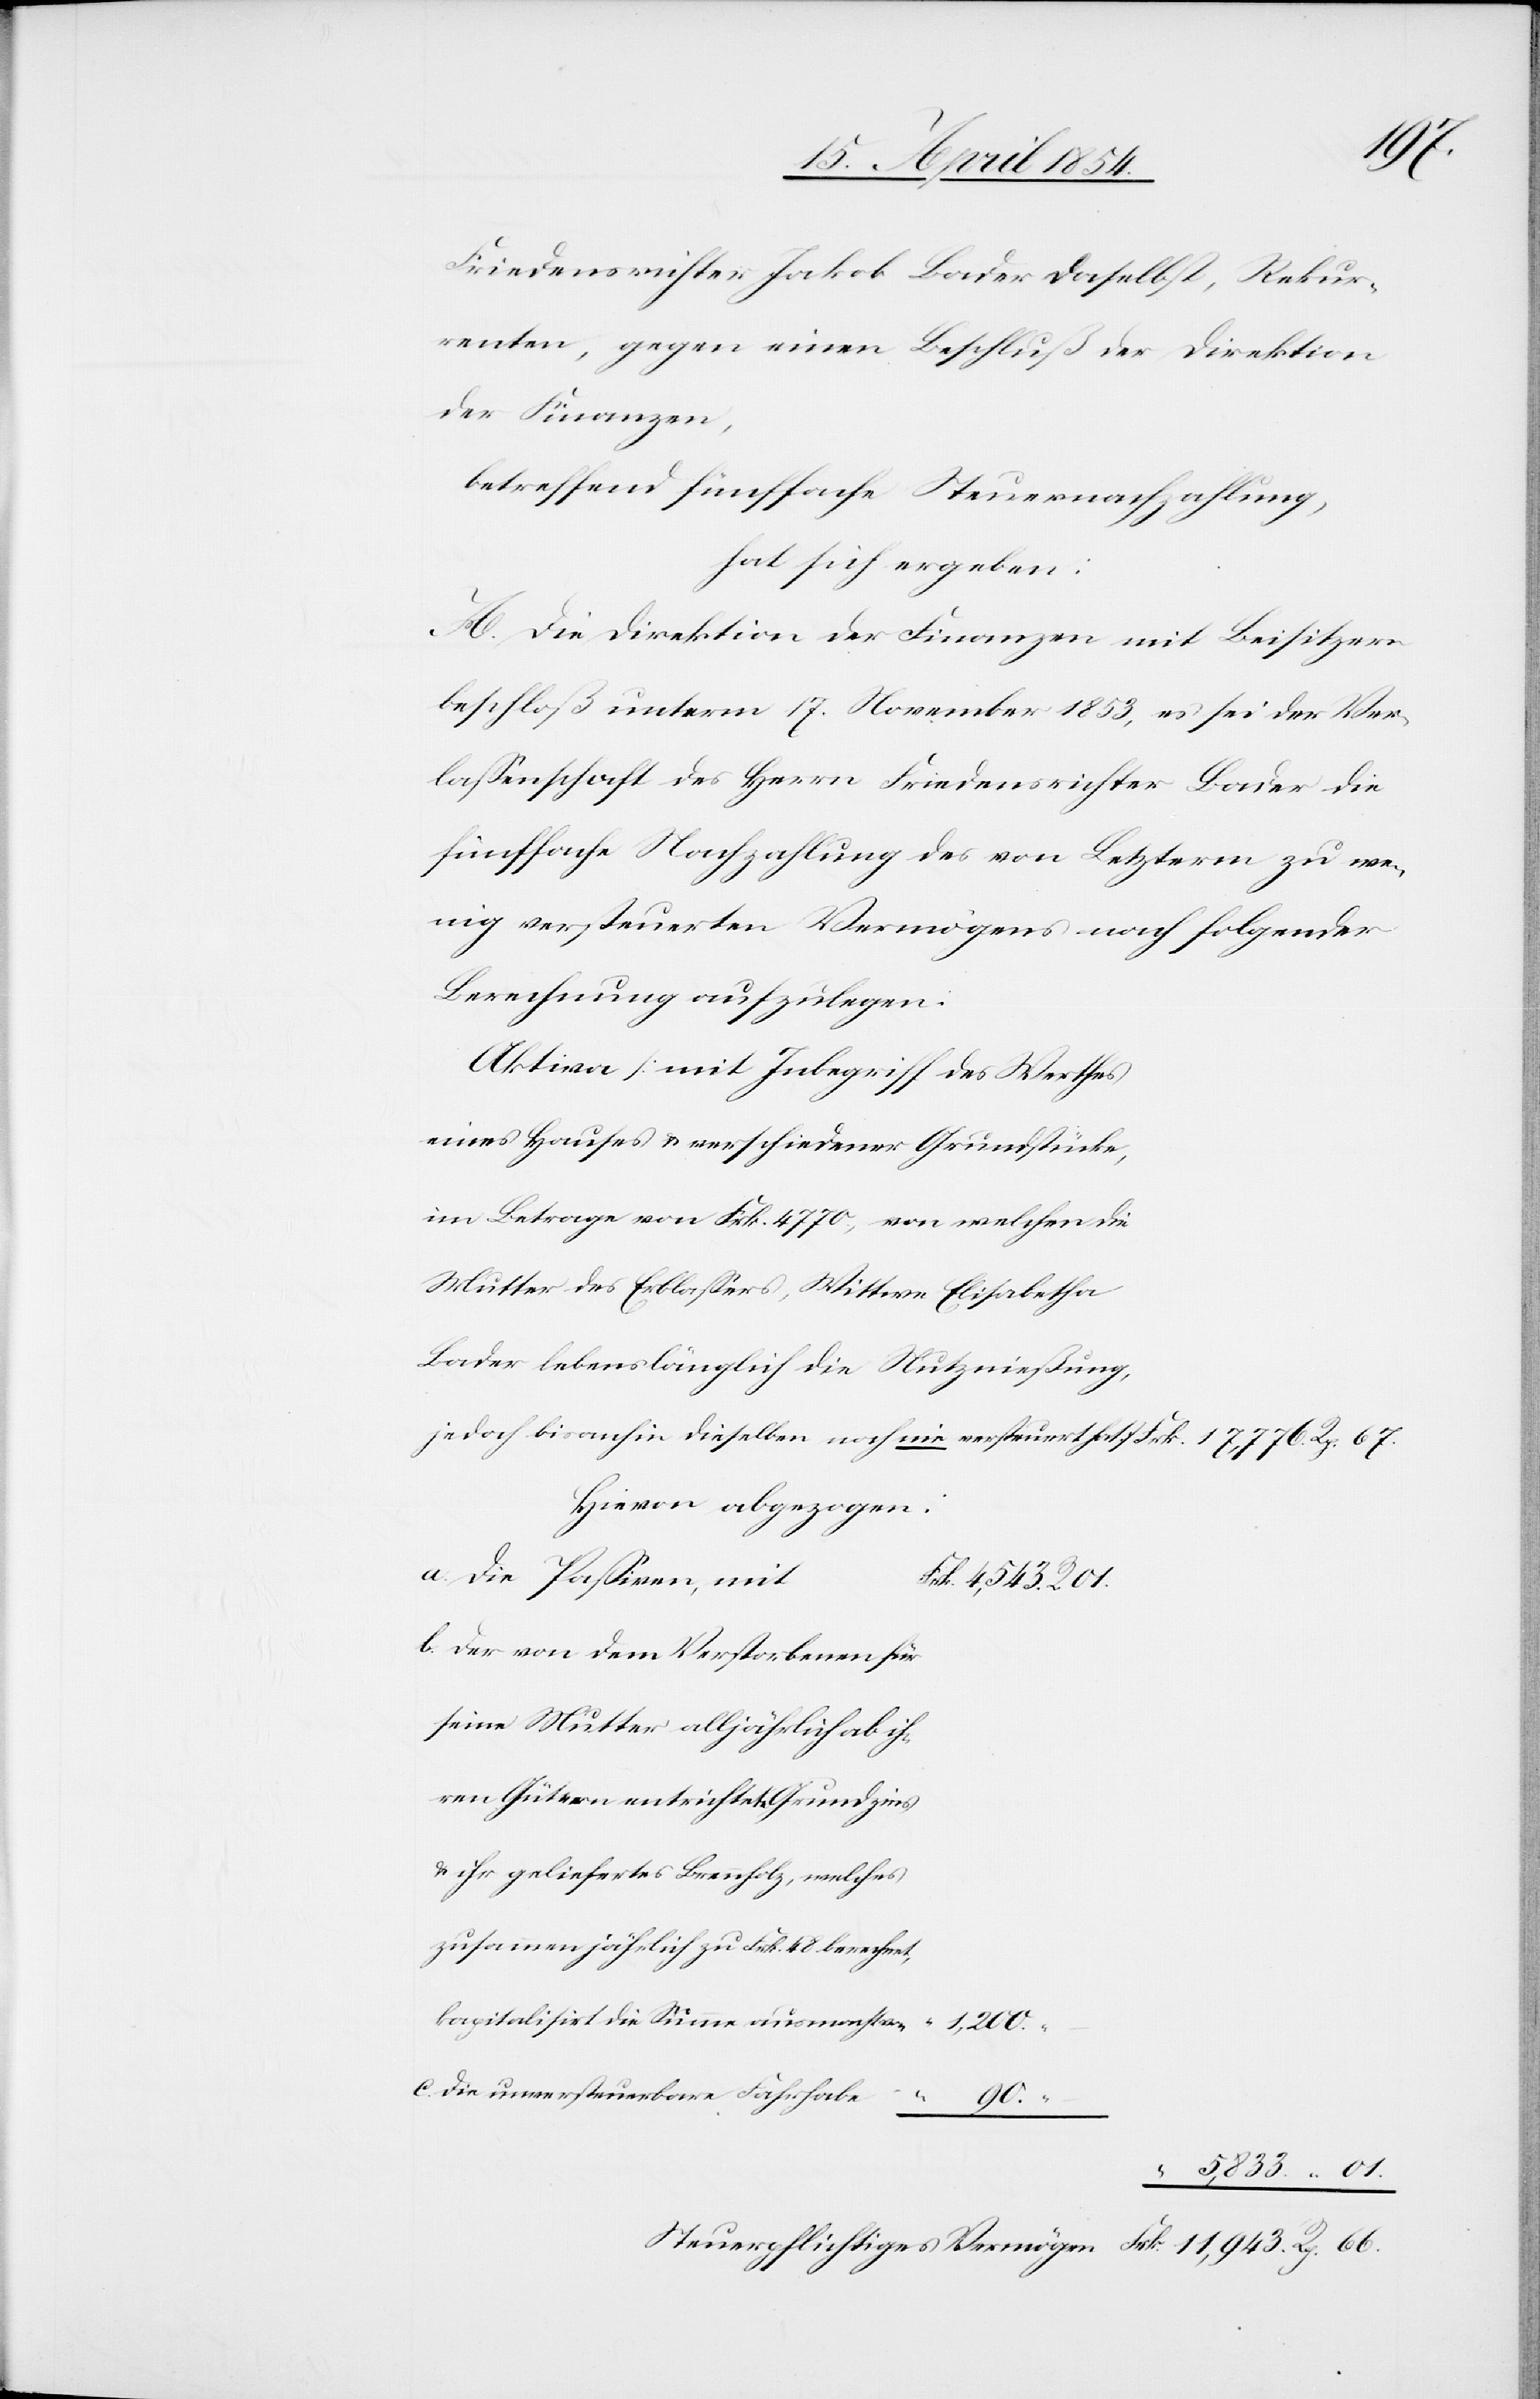
67.
Friedensrichter Jakob Bader daselbst, Rekur¬
renten, gegen einen Beschluß der Direktion
der Finanzen,
betreffend fünffache Steuernachzahlung,
hat sich ergeben:
A. Die Direktion der Finanzen mit Beisitzern
beschloß unterm 17. November 1853, es sei der Ver¬
laßenschaft des Herrn Friedensrichter Bader die
fünffache Nachzahlung des von Letzterm zu we¬
nig versteuerten Vermögens nach folgender
Berechnung aufzulegen:
Aktiva (mit Inbegriff des Werthes
eines Hauses u. verschiedener Grundstücke,
im Betrage von Frk. 14770., von welchen die
Mutter des Erblaßers, Wittwe Elisabetha
Bader lebenslänglich die Nutznießung,
jedoch bisanhin dieselben noch nie versteuert hat)
Hievon abgezogen:
die Paßiven mit
der von dem Verstorbenen für
seine Mutter alljährlich ab ih¬
ren Gütern entrichtete Grundzins
u. ihr geliefertes Brennholz, welches
zusammen jährlich zu Frk. 48 berechnet,
kapitalisirt die Summe ausmacht von
11,943.
c.
die unversteuerbare Fahrhabe
66.